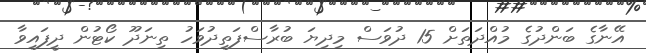
އޭނާގެ ބަންދުގެ މުއްދަތަށް 15 ދުވަސް މިދިޔަ ބުރާސްފަތިދުވަހު ތިނަދޫ ކޯޓުން ދީފައިވާ